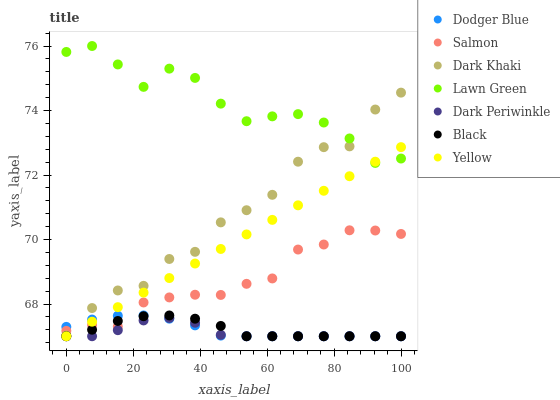
| xaxis_label | Dodger Blue | Salmon | Dark Khaki | Lawn Green | Dark Periwinkle | Black | Yellow |
 | --- | --- | --- | --- | --- | --- | --- | --- |
 | 0 | 67.3 | 67.2 | 67 | 75.8 | 67 | 67 | 67 |
 | 7.69 | 67.5 | 67.3 | 67.9 | 76 | 67 | 67.2 | 67.5 |
 | 15.4 | 67.6 | 67.3 | 68.4 | 75.4 | 67.2 | 67.5 | 67.9 |
 | 23.1 | 67.6 | 68 | 68.6 | 74.7 | 67.5 | 67.6 | 68.4 |
 | 30.8 | 67.5 | 68.2 | 69.4 | 75.3 | 67.6 | 67.6 | 68.8 |
 | 38.5 | 67.3 | 68.3 | 69.6 | 75 | 67.4 | 67.5 | 69.3 |
 | 46.2 | 67 | 68.3 | 70.5 | 74.2 | 67 | 67.3 | 69.7 |
 | 53.8 | 67 | 68.6 | 70.9 | 73.7 | 67 | 67 | 70.2 |
 | 61.5 | 67 | 68.8 | 71.4 | 73.8 | 67 | 67 | 70.6 |
 | 69.2 | 67 | 69.7 | 72.4 | 73.9 | 67 | 67 | 71.1 |
 | 76.9 | 67 | 69.8 | 72.9 | 73.6 | 67 | 67 | 71.5 |
 | 84.6 | 67 | 70.3 | 72.9 | 73.1 | 67 | 67 | 72 |
 | 92.3 | 67 | 70.3 | 74 | 72.4 | 67 | 67 | 72.4 |
 | 100 | 67 | 70.2 | 74.6 | 72.5 | 67 | 67 | 72.9 |